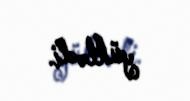
yüklədi.